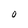
Character: O